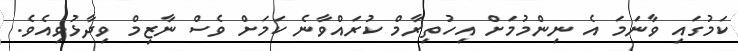
ކަމުގައި ވާނަމަ އެ ނިންމުމަށް އިހުތިރާމް ކުރައްވާނެ ކަމަށް ވެސް ނާޒިމް ވިދާޅުވިއެވެ.